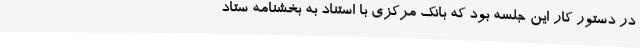
در دستور کار این جلسه بود که بانک مرکزی با استناد به بخشنامه ستاد